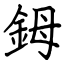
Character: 鉧